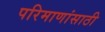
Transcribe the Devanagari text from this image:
परिमाणांसाठी